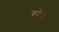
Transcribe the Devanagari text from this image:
रुपेन